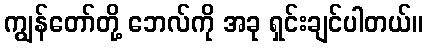
ကျွန်တော်တို့ ဘေလ်ကို အခု ရှင်းချင်ပါတယ်။